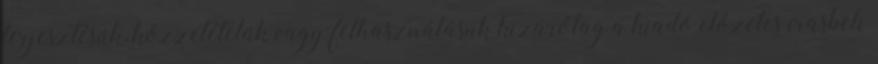
terjesztésük, közzétételük vagy felhasználásuk kizárólag a kiadó előzetes írásbeli